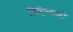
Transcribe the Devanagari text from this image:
लिहिण्यातही